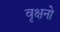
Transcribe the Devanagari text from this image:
वृक्षनो